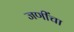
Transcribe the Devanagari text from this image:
जणींचा